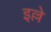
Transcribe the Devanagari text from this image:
इल्ले